画像に写った文字を読んでください
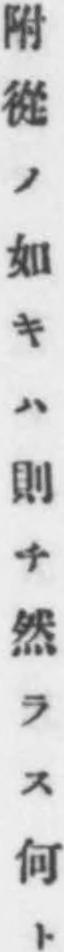
「附從ノ如キハ則チ然ラス何ト」と書いてあります